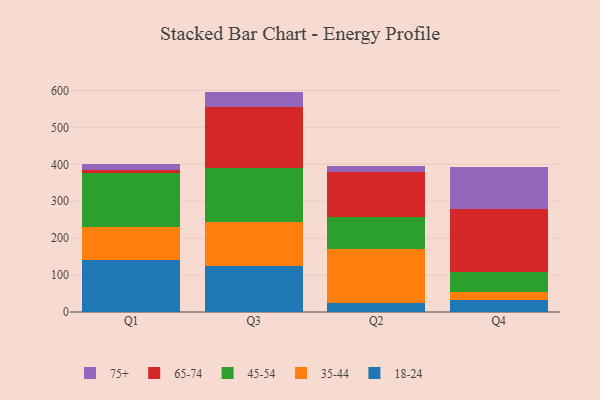
{"axis": {"x": "Quarter", "y": "Population (Million)"}, "legend": ["18-24", "35-44", "45-54", "65-74", "75+"], "data": [{"x": "Q1", "y": 141.8, "type": "18-24"}, {"x": "Q1", "y": 87.3, "type": "35-44"}, {"x": "Q1", "y": 147.0, "type": "45-54"}, {"x": "Q1", "y": 9.1, "type": "65-74"}, {"x": "Q1", "y": 16.9, "type": "75+"}, {"x": "Q3", "y": 124.3, "type": "18-24"}, {"x": "Q3", "y": 118.6, "type": "35-44"}, {"x": "Q3", "y": 146.9, "type": "45-54"}, {"x": "Q3", "y": 166.3, "type": "65-74"}, {"x": "Q3", "y": 40.8, "type": "75+"}, {"x": "Q2", "y": 23.9, "type": "18-24"}, {"x": "Q2", "y": 145.9, "type": "35-44"}, {"x": "Q2", "y": 86.5, "type": "45-54"}, {"x": "Q2", "y": 123.8, "type": "65-74"}, {"x": "Q2", "y": 16.6, "type": "75+"}, {"x": "Q4", "y": 32.0, "type": "18-24"}, {"x": "Q4", "y": 21.0, "type": "35-44"}, {"x": "Q4", "y": 56.2, "type": "45-54"}, {"x": "Q4", "y": 169.0, "type": "65-74"}, {"x": "Q4", "y": 113.7, "type": "75+"}]}